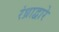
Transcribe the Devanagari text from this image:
रंध्राद्वारे